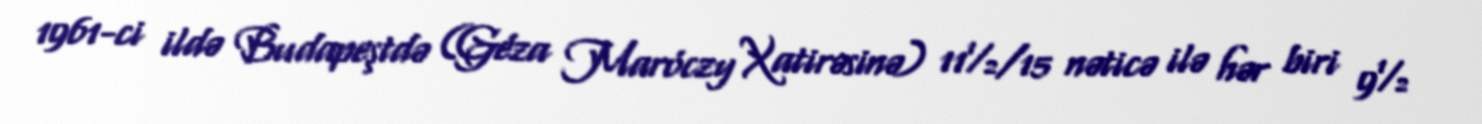
1961-ci ildə Budapeştdə (Géza Maróczy Xatirəsinə) 11½/15 nəticə ilə hər biri 9½